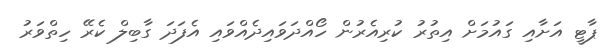
ޕާޓީ އަށާއި ގައުމަށް އިތުރު ކުރިއެރުން ހޯއްދަވައިދެއްވައި އެފަދަ ގާބިލް ކެރޭ ހިތްވަރު